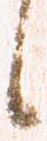
候